NAE_ERA_R-2632_ENSV_TA_Emakeele_Selts_1945-1955, lk 79
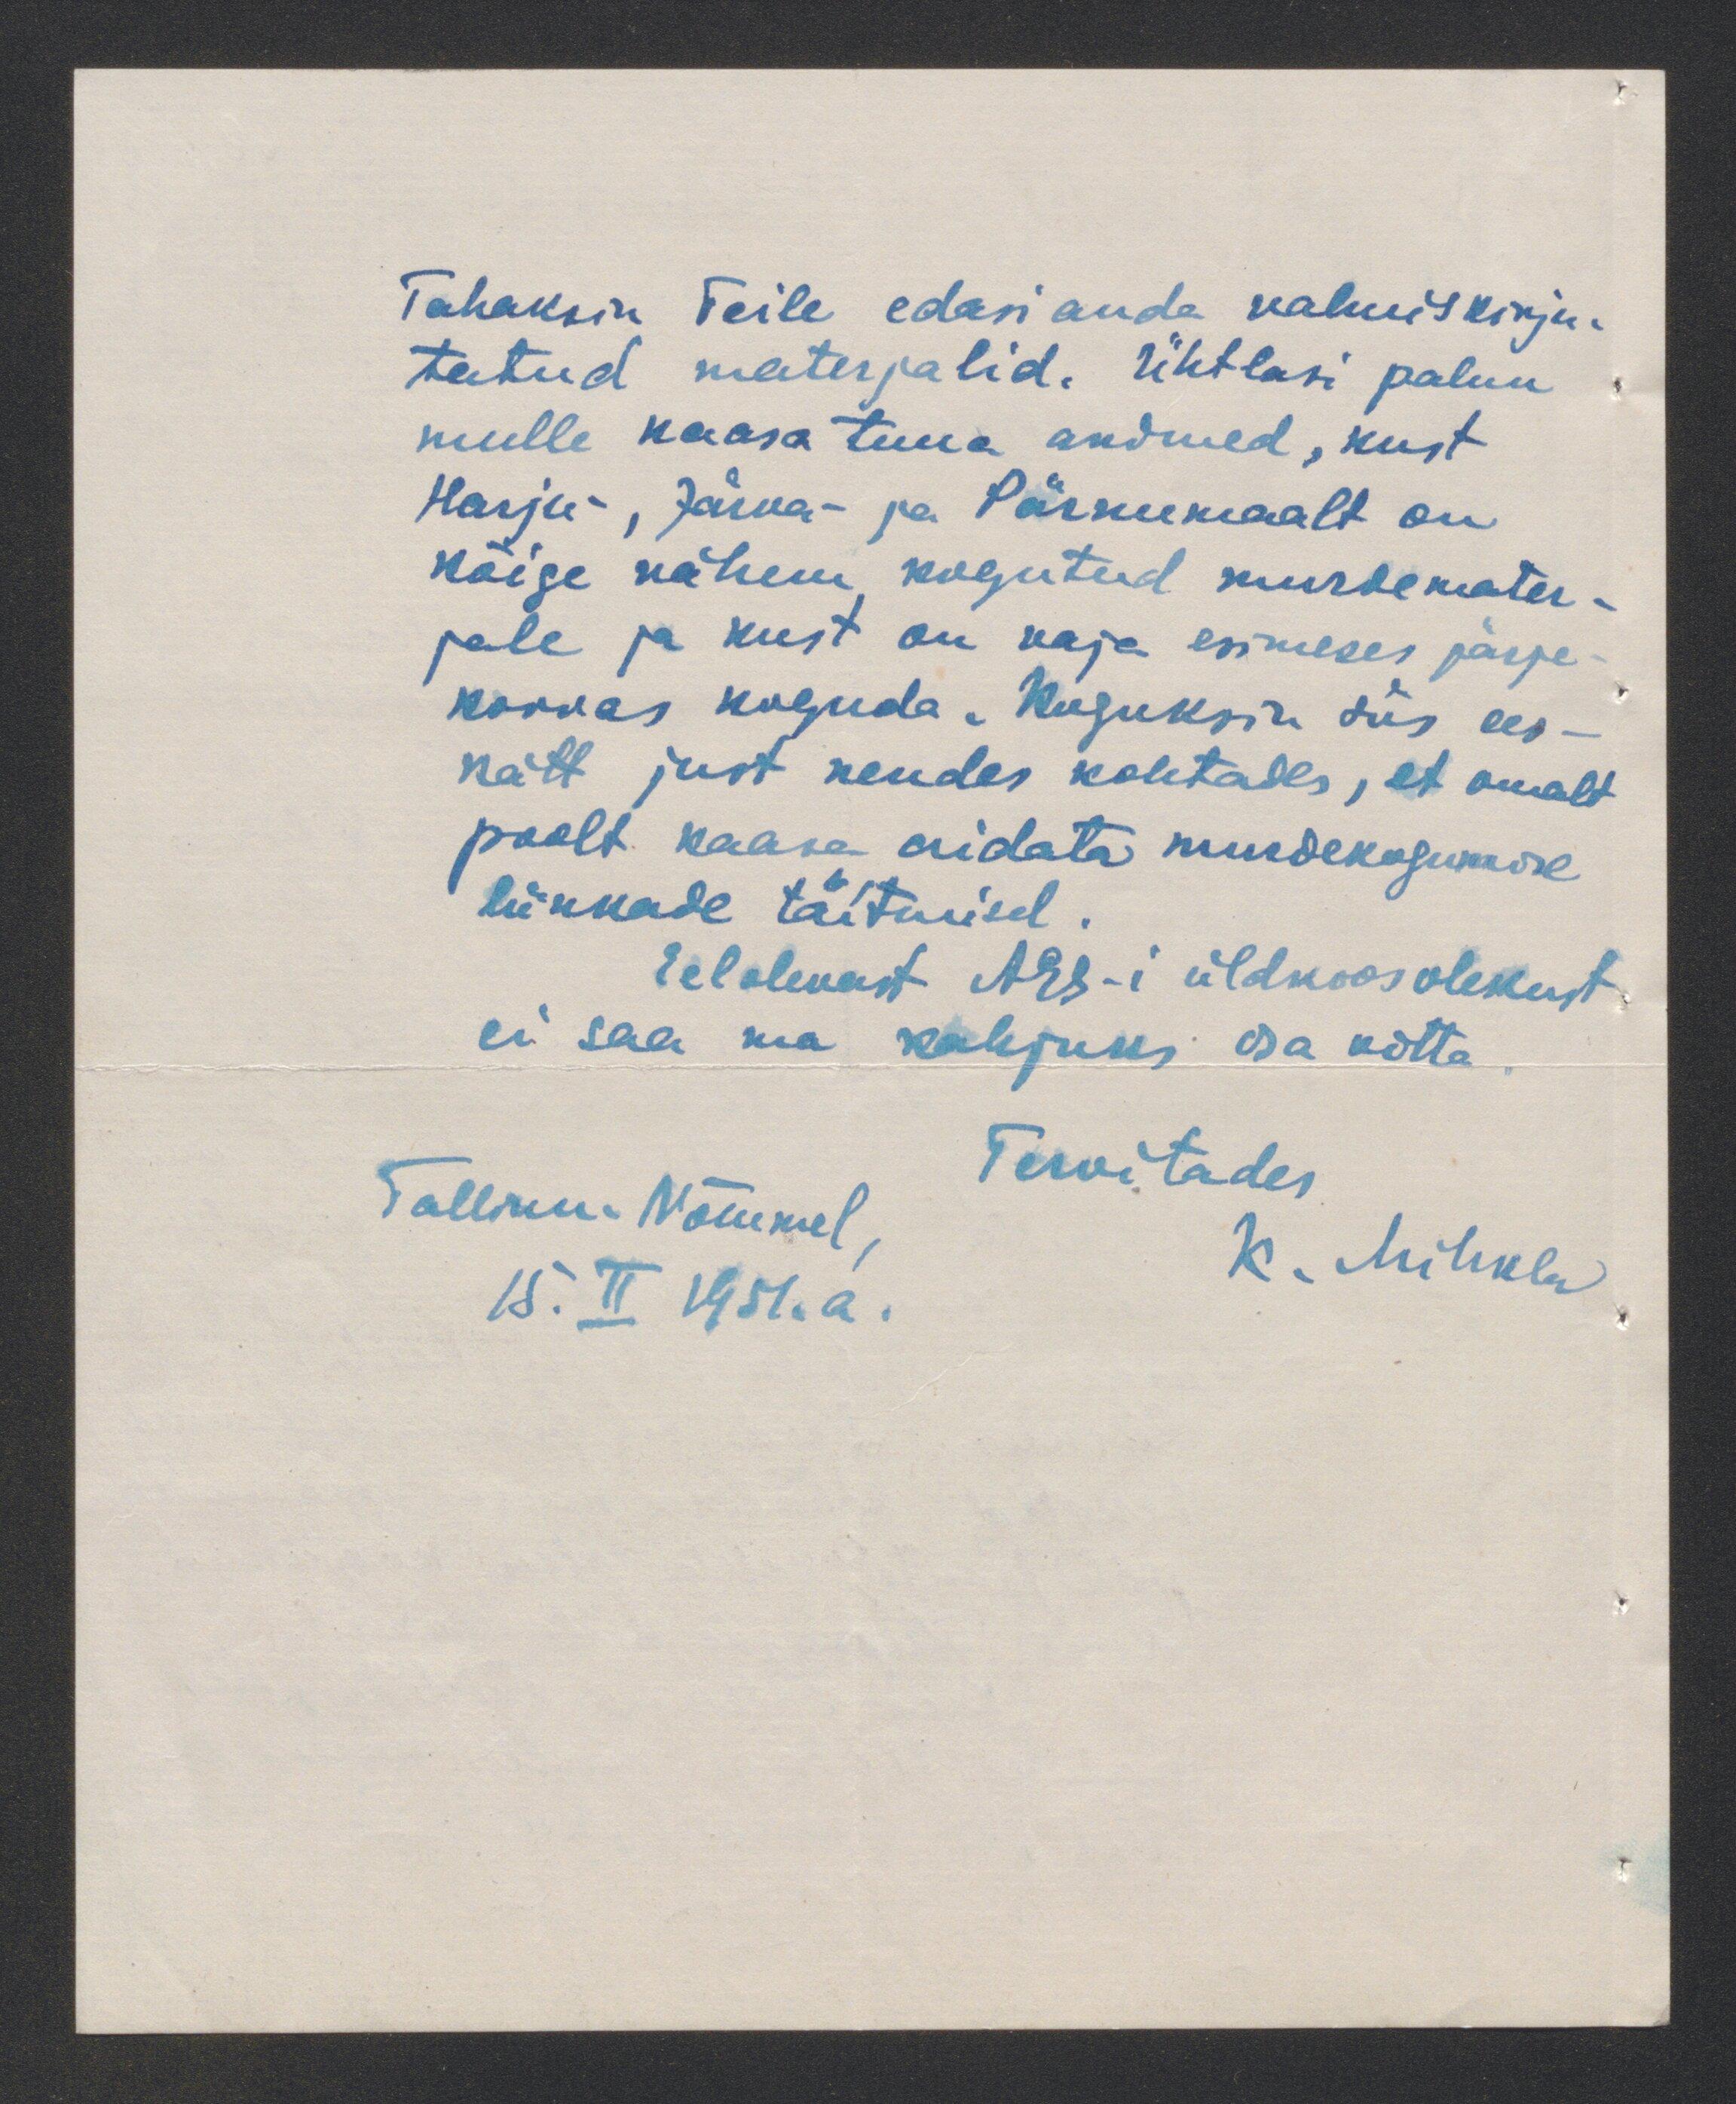
Tahaksin Teile edasi anda valmis kirju-
tatud materjalid. Ühtlasi palun
mulle kaasa tuua andmed, kust
Harju, Järva- ja Pärnumaalt on
kõige vähem kogutud murdemater-
jale ja kust on vaja esimeses järje-
korras koguda. Koguksin siis ees
kätt just nendes kohtades, et omalt
poolt kaasa aidata murdekogu murde
liikkade täitmisel.
Eelolevast AES-i üldkoosolekust
ei saa ma kahjuks osa votte.
Tervitades.
Tallinn-Nõmmel
15. II 1951.a.